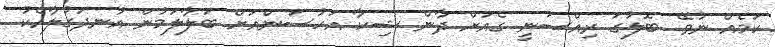
ކަމެއް ނުވޭ. ބޮލުގަ ރިއްސަނީ ގެއަށް ދާން ޝިކާ އަހުސަންއަށް ބަލާލަމުން އުނދަގުލާއެކު